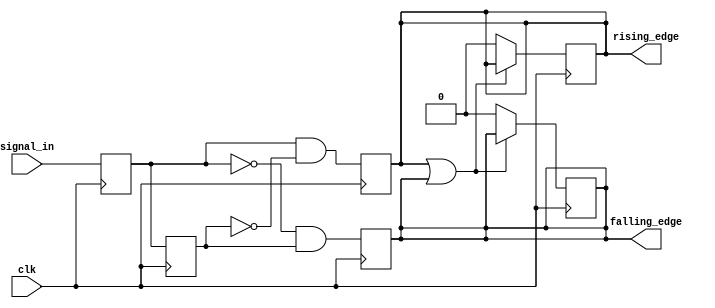
module dual_edge_detector (
    input wire clk,            // Clock signal
    input wire signal_in,      // Input signal to detect edges
    output reg rising_edge,    // Output signal for rising edge detection
    output reg falling_edge     // Output signal for falling edge detection
);

    reg prev_state;            // Register to hold the previous state
    reg curr_state;            // Register to hold the current state

    // Sequential logic to update states on the rising edge of the clock
    always @(posedge clk) begin
        // Update previous state to current state
        prev_state <= curr_state;
        // Sample the input signal
        curr_state <= signal_in;

        // Edge detection logic
        rising_edge <= (curr_state && !prev_state);  // Rising edge detected
        falling_edge <= (!curr_state && prev_state); // Falling edge detected
    end

    // Reset rising and falling edge outputs to low in the next clock cycle
    always @(posedge clk) begin
        if (rising_edge || falling_edge) begin
            // If an edge was detected, keep the output high for one clock cycle
            // This will automatically reset in the next clock cycle
        end else begin
            rising_edge <= 1'b0;   // Reset rising edge signal
            falling_edge <= 1'b0;  // Reset falling edge signal
        end
    end

endmodule